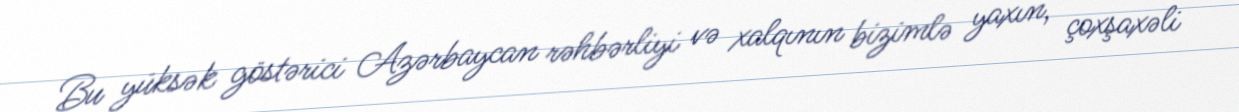
Bu yüksək göstərici Azərbaycan rəhbərliyi və xalqının bizimlə yaxın, çoxşaxəli